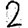
Digit: 2